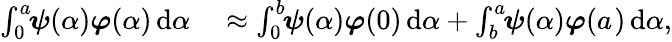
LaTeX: \begin{array}{rl}{\int_{0}^{a_{}}\! \! \boldsymbol{\psi}(\alpha{})\boldsymbol{\varphi}(\alpha{})\, \mathrm{d}\alpha{}}&{{}\approx\int_{0}^{b_{}}\! \! \boldsymbol{\psi}(\alpha{})\boldsymbol{\varphi}(0)\, \mathrm{d}\alpha{}+\int_{b_{}}^{a_{}}\! \! \boldsymbol{\psi}(\alpha{})\boldsymbol{\varphi}({a_{}})\, \mathrm{d}\alpha{},}\end{array}